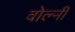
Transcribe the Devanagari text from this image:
वोल्नी